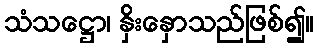
သံသဋ္ဌော၊ နှိးနှောသည်ဖြစ်၍။